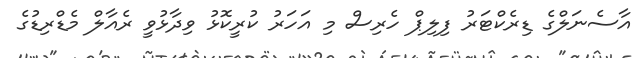
އާސެނަލްގެ ޑިރެކްޓަރު ފިލިޕް ހެރިސް މި އަހަރު ކުރީކޮޅު ވިދާޅުވީ ރެއާލް މެޑްރިޑުގެ